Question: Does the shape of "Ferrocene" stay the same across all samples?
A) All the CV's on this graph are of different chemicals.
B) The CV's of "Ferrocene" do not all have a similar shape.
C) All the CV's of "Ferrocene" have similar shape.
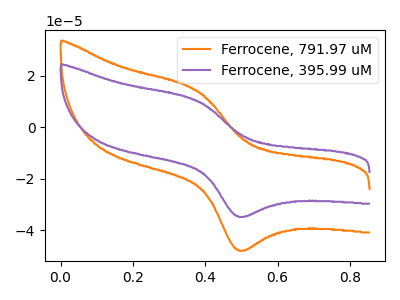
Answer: <think>The orange curve "Ferrocene, 791.97 uM" has an anodic peak at (0.40V, 14.35uA) and a cathodic peak at (0.50V, -47.75uA). The purple curve "Ferrocene, 395.99 uM" has an anodic peak at (0.40V, 10.45uA) and a cathodic peak at (0.50V, -34.65uA).
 All the peaks in "Ferrocene, 791.97 uM" have a peak in "Ferrocene, 395.99 uM" at the same potential. Every peak in "Ferrocene, 791.97 uM" is higher than every peak in "Ferrocene, 395.99 uM".</think>
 <answer>C) All the CV's of "Ferrocene" have similar shape.</answer>
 <eval>C</eval>